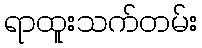
ရာထူးသက်တမ်း